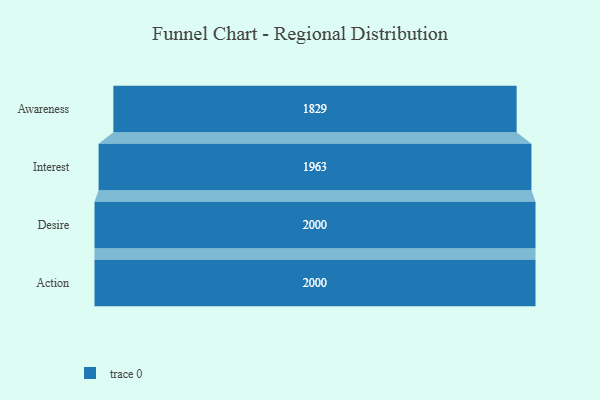
{"axis": {"x": "Stage", "y": "Value"}, "legend": [""], "data": [{"x": "Awareness", "y": 1829.0, "type": ""}, {"x": "Interest", "y": 1963.0, "type": ""}, {"x": "Desire", "y": 2000, "type": ""}, {"x": "Action", "y": 2000, "type": ""}]}